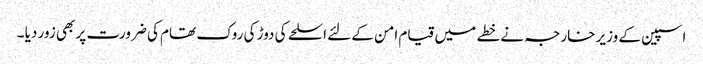
اسپین کے وزیر خارجہ نے خطے میں قیام امن کے لئے اسلحے کی دوڑ کی روک تھام کی ضرورت پر بھی زور دیا ۔